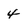
Character: 4